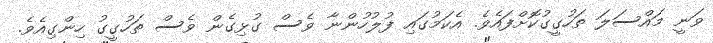
ވަނީ މައްސަލަ ތަހުގީގުކޮށްފައެވެ. އެކަމުގައި ފުލުހުންނާ ވެސް ގުޅިގެން ވެސް ތަހުގީގު ހިންގިއެވެ.